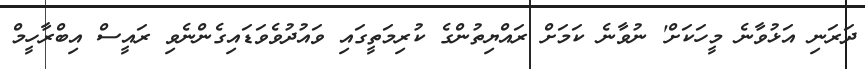
ދަރަނި އަޅުވާނެ މީހަކަށް' ނުވާނެ ކަމަށް ރައްޔިތުންގެ ކުރިމަތީގައި ވައުދުވެވަޑައިގެންނެވި ރައީސް އިބްރާހީމް